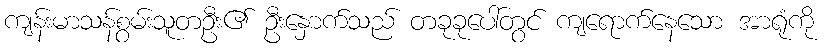
ကျန်းမာသန်စွမ်းသူတဦး၏ ဦးနှောက်သည် တခုခုပေါ်တွင် ကျရောက်နေသော အာရုံကို